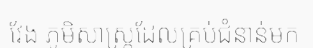
វែង ភូមិសាស្ត្រដែលគ្រប់ជំនាន់មក